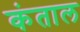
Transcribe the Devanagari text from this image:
कंताल